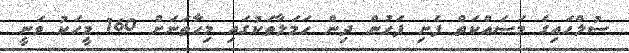
ސުލްހައިގެ މަސައްކަތް ފެށި ފަހުން ދިން ހަމަލާތަކުގައި މިހާތަނަށް 160 މީހަކު ވަނީ